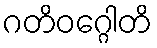
ဂတိဝဂ္ဂေါတိ